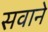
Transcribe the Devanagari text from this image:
सवाने